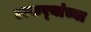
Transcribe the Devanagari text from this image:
ठाकर्‍यांच्या